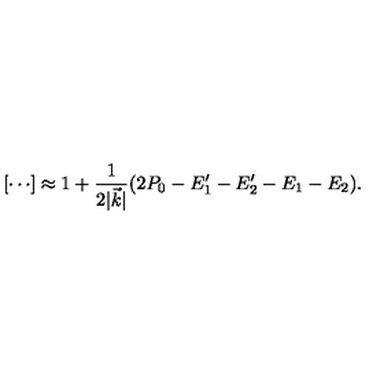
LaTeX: [ \cdots ] \approx 1 + { \frac { 1 } { 2 \vert \vec { k } \vert } } ( 2 P _ { 0 } - E _ { 1 } ^ { \prime } - E _ { 2 } ^ { \prime } - E _ { 1 } - E _ { 2 } ) .